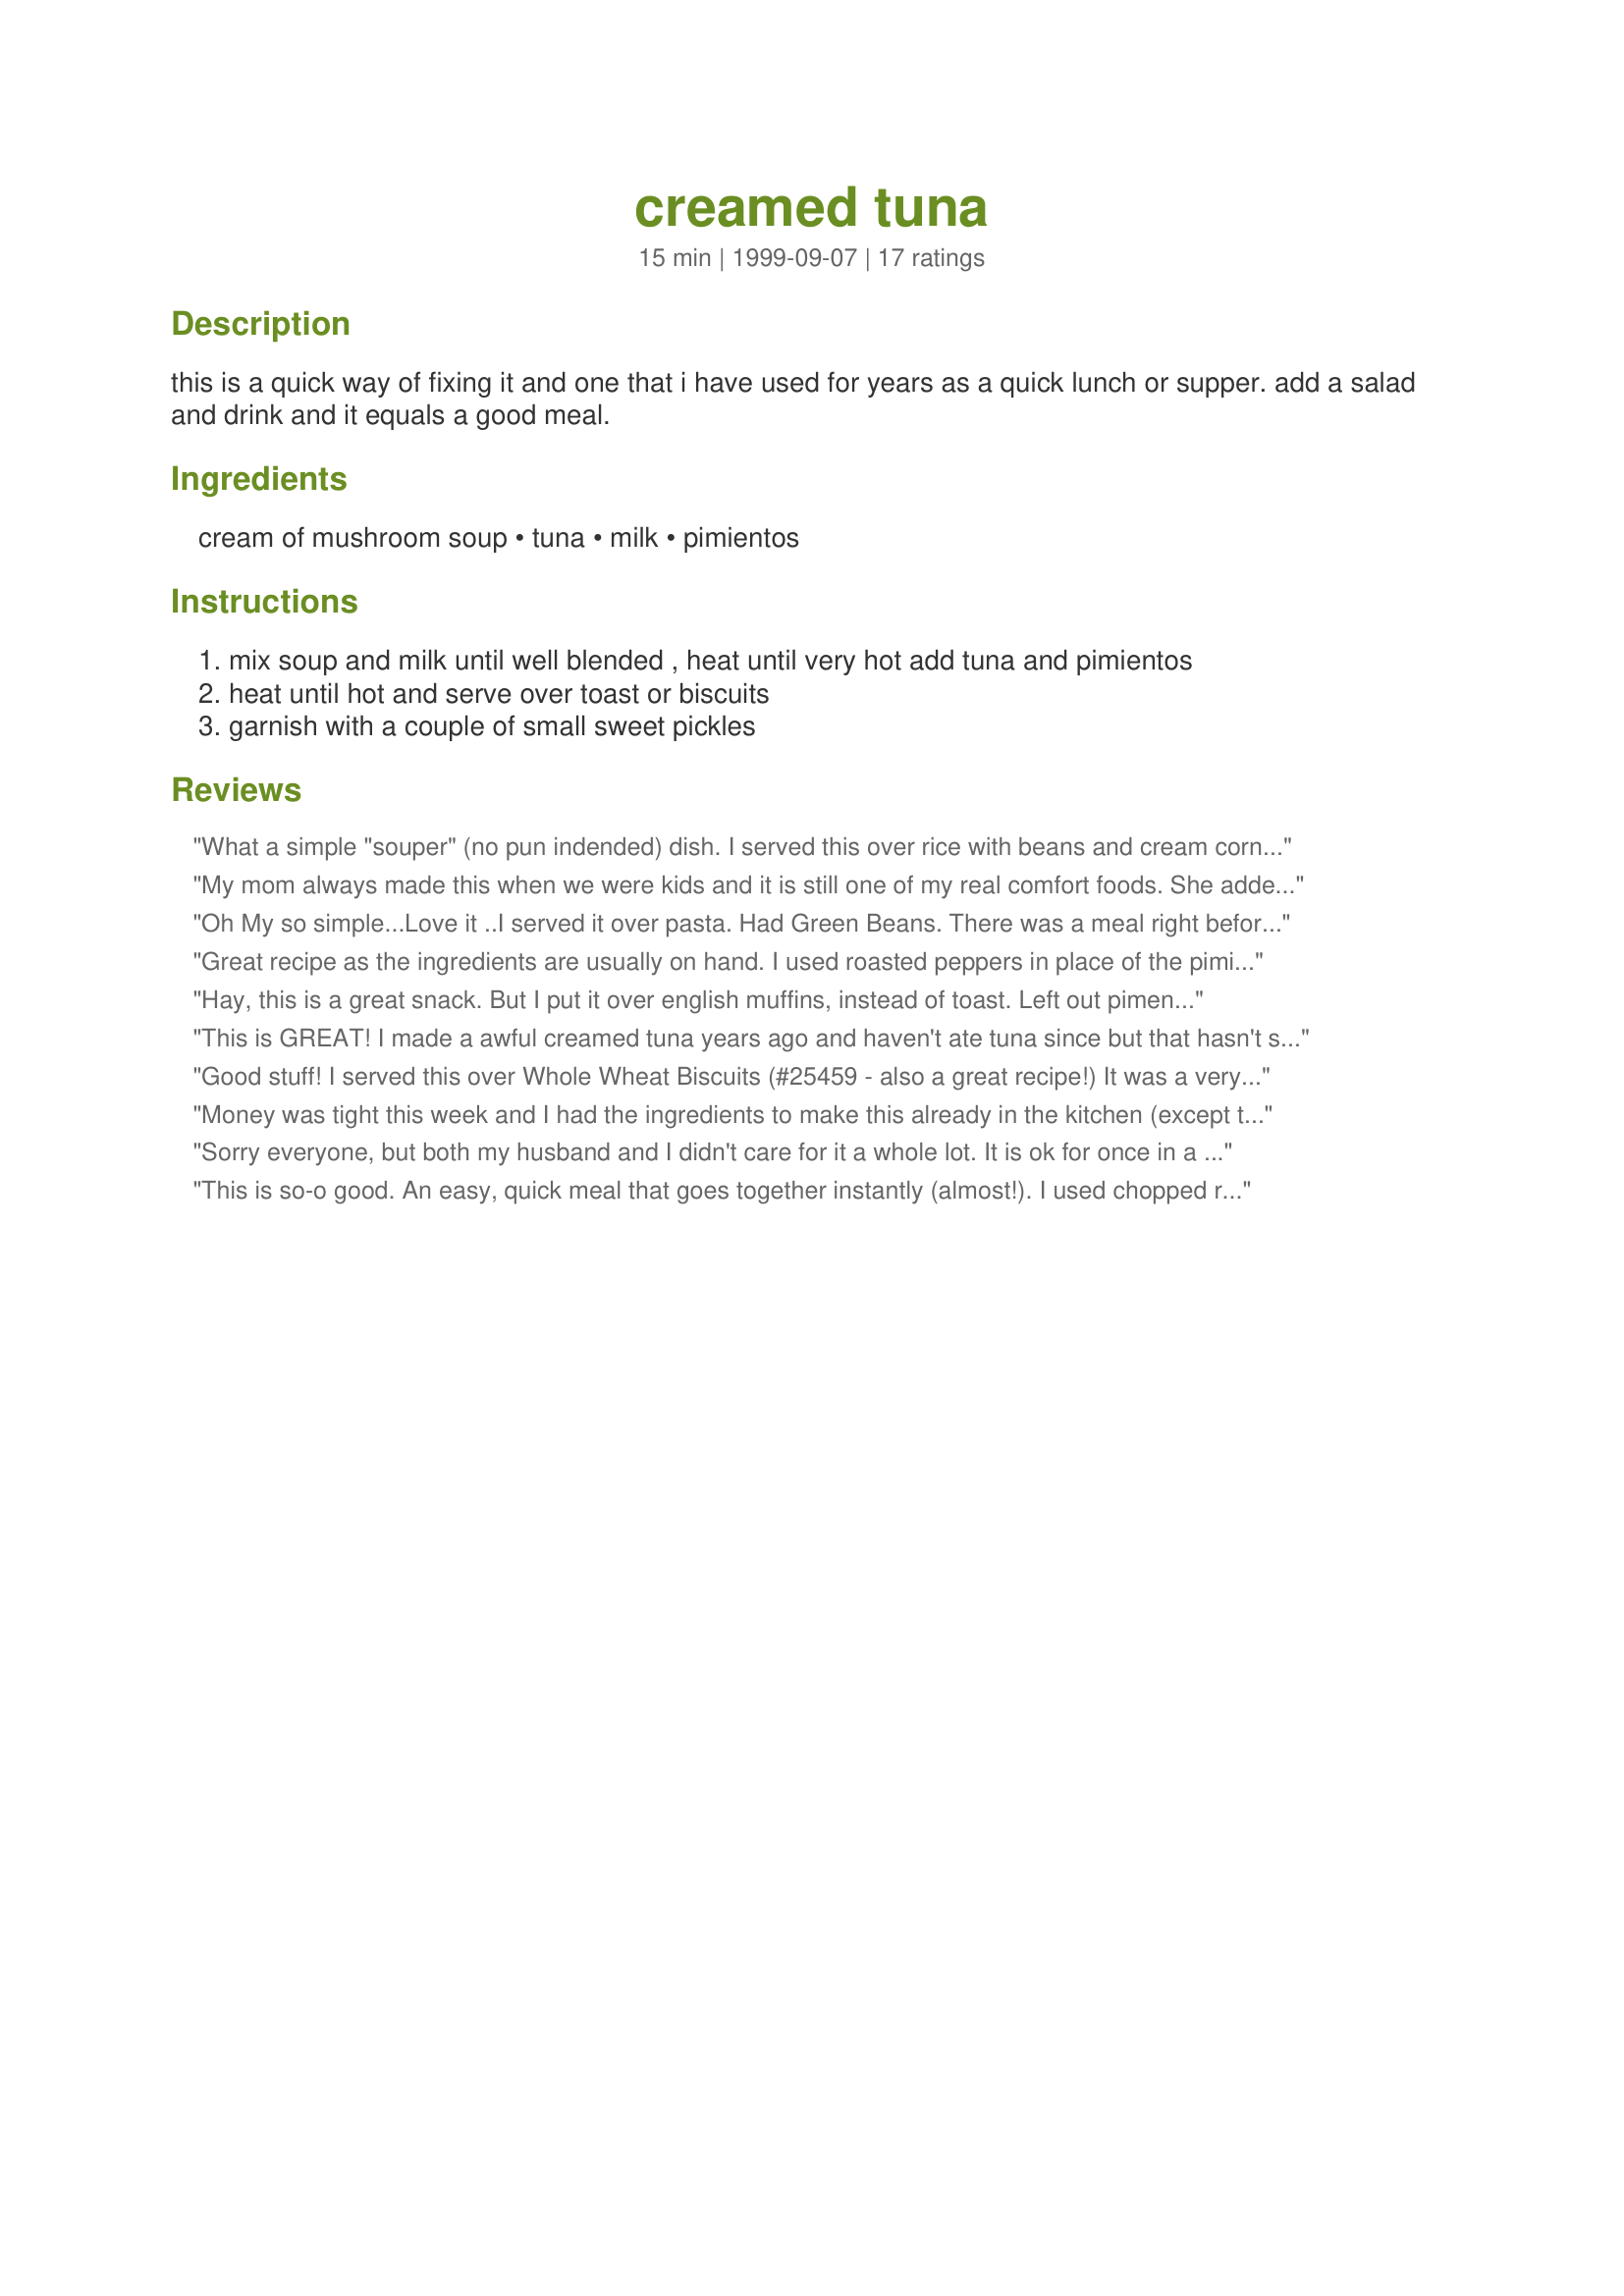
creamed tuna
Preparation time: 15 minutes

this is a quick way of fixing it and one that i have used for years as a quick lunch or supper. add a salad and drink and it equals a good meal.

Ingredients:
cream of mushroom soup, tuna, milk, pimientos

Steps:
mix soup and milk until well blended , heat until very hot add tuna and pimientos
heat until hot and serve over toast or biscuits
garnish with a couple of small sweet pickles

Reviews:
What a simple "souper" (no pun indended) dish. I served this over rice with beans and cream corn on the side. Not an eligant dish but what a winner as an every day fast and easy dish. It has may way to vary it. I'll do it often
My mom always made this when we were kids and it is still one of my real comfort foods. She added tiny peas instead of the pimento and served it over a toasted bun or mashed potatoes.
Oh My so simple...Love it ..I served it over pasta. Had Green Beans. There was a meal right before our eyes in 15 mins. Thank You.
Great recipe as the ingredients are usually on hand. I used roasted peppers in place of the pimientos and add some peas and a little cream cheese. Served it over pasta.
Hay, this is a great snack. But I put it over english muffins, instead of toast. Left out pimentos~~don't like them. Another writer says her mother used peas, that is a good idea. I will try it next time. My husband is not a tuna fan, but he liked this dish. Thanks.
This is GREAT! I made a awful creamed tuna years ago and haven't ate tuna since but that hasn't stopped me from buying a can here and there when on sale. This was so quick and simple, I served over rice. YUMMY!!
Good stuff! I served this over Whole Wheat Biscuits (#25459 - also a great recipe!) It was a very simple and satisfying meal.
Money was tight this week and I had the ingredients to make this already in the kitchen (except the pimentos, which I didn't use). I also sauteed some chopped celery and red pepper then added the soup, milk and tuna, plus some cracked black pepper and served it over rice. Quick, inexpensive and tasty!
Sorry everyone, but both my husband and I didn't care for it a whole lot. It is ok for once in a while, but rather bland. Definitely add cheese like the other people recommended and it might be better.
This is so-o good. An easy, quick meal that goes together instantly (almost!). I used chopped roasted red peppers from a jar instead of the pimientos and thought it a good flavor addition. thanks for posting this recipe, Opal. I shall be using it again and again.
Great comfort food but had to up the flavor with some garlic and minced onion. Thanks for reminding of a childhood favorite!
This recipe is good for a quick meal. Be careful not to add more milk than it calls for!
TALK ABOUT FAST!!!
This will DEFINATELY be a dinner I will fix again. After a long day at work, you cannot beat making dinner and having it only take 5-10 minutes! WOW!
I've already given this recipe out just 2 days after eating it!
A very inexpensive meal option. I only added a little chopped red pepper (I don't keep pimientos on hand)for color. We served over toast and had a salad to round out the nutrition.
This was pretty good. I omitted the pimientos. thanks!
Easy, quick "hot dish".
I love tuna and this is a delicious way to change it up. I served it over toasted hamburger buns. Can't wait to try it over pasta!
